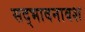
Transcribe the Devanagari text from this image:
सद्भावनावश